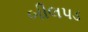
બીલપડ